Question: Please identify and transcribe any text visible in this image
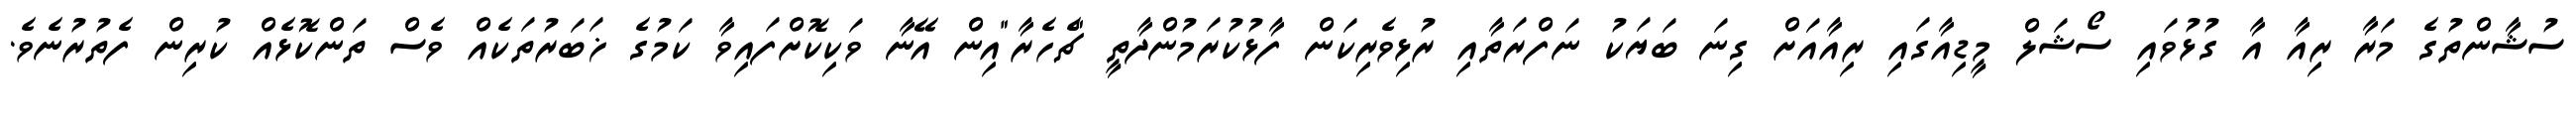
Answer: ސުޝާންތުގެ މަރާ ރިއާ އާ ގުޅުވައި ސޯޝަލް މީޑިއާގައި ރިއާއަށް ގިނަ ބަޔަކު ނަފްރަތާއި ރުޅިވެރިކަން ފާޅުކުރަމުންދާތީ "ޗެހެރާ"އިން އޭނާ ވަކިކޮށްފައިވާ ކަމުގެ ޚަބަރުތަކެއް ވެސް ތަންކޮޅެއް ކުރިން ފެތުރުނެވެ.